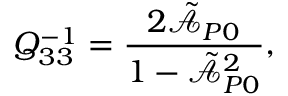
Q _ { 3 3 } ^ { - 1 } = \frac { 2 \tilde { \mathcal { A } } _ { P 0 } } { 1 - \tilde { \mathcal { A } } _ { P 0 } ^ { 2 } } ,